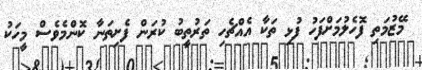
މޭޒުމަތި ފޮހެލުމަށްފަހު ފުޅި ތަކާ އެއްޗެހި ތަރުތީބު ކުރަން ފެށިތަނާ ކޮންމެވެސް މީހަކު